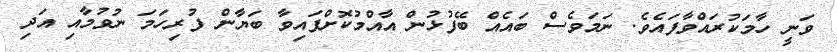
ވަނީ ހާމަކުރައްވާފައެވެ. ނަމަވެސް ބައެއް ބޭފުޅުން އާއްމުކޮށްފައިވާ ބަޔާން ފުރިހަމަ ނުވުމާއި އަދި